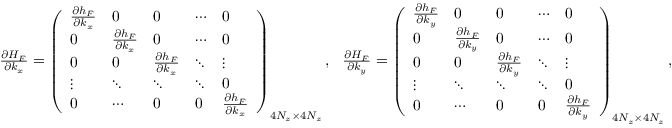
\begin{array} { r } { \frac { \partial { \cal H } _ { F } } { \partial k _ { x } } = \left( \begin{array} { l l l l l } { \frac { \partial h _ { F } } { \partial k _ { x } } } & { 0 } & { 0 } & { \cdots } & { 0 } \\ { 0 } & { \frac { \partial h _ { F } } { \partial k _ { x } } } & { 0 } & { \cdots } & { 0 } \\ { 0 } & { 0 } & { \frac { \partial h _ { F } } { \partial k _ { x } } } & { \ddots } & { \vdots } \\ { \vdots } & { \ddots } & { \ddots } & { \ddots } & { 0 } \\ { 0 } & { \cdots } & { 0 } & { 0 } & { \frac { \partial h _ { F } } { \partial k _ { x } } } \end{array} \right) _ { 4 N _ { z } \times 4 N _ { z } } , ~ ~ \frac { \partial { \cal H } _ { F } } { \partial k _ { y } } = \left( \begin{array} { l l l l l } { \frac { \partial h _ { F } } { \partial k _ { y } } } & { 0 } & { 0 } & { \cdots } & { 0 } \\ { 0 } & { \frac { \partial h _ { F } } { \partial k _ { y } } } & { 0 } & { \cdots } & { 0 } \\ { 0 } & { 0 } & { \frac { \partial h _ { F } } { \partial k _ { y } } } & { \ddots } & { \vdots } \\ { \vdots } & { \ddots } & { \ddots } & { \ddots } & { 0 } \\ { 0 } & { \cdots } & { 0 } & { 0 } & { \frac { \partial h _ { F } } { \partial k _ { y } } } \end{array} \right) _ { 4 N _ { z } \times 4 N _ { z } } , } \end{array}